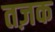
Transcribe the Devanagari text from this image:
तज़क